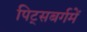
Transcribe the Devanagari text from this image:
पिट्सबर्गमें